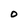
Character: O